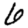
Digit: 6